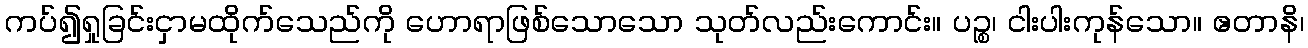
ကပ်၍ရှုခြင်းငှာမထိုက်သေည်ကို ဟောရာဖြစ်သောသော သုတ်လည်းကောင်း။ ပဉ္စ၊ ငါးပါးကုန်သော။ ဧတာနိ၊